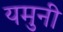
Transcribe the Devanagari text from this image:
यमुनी